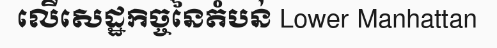
លើសេដ្ឋកិច្ចនៃតំបន់ Lower Manhattan